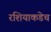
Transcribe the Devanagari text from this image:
रशियाकडेच